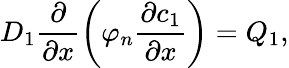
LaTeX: D_{1}\frac{\partial}{\partial x}\left(\varphi_{n}\frac{\partial c_{1}}{\partial x}\right)=Q_{1},